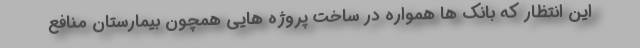
این انتظار که بانک ها همواره در ساخت پروژه هایی همچون بیمارستان منافع